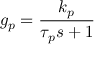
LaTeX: g _ { p } = { \frac { k _ { p } } { \tau _ { p } s + 1 } }